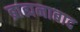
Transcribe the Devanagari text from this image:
ब्राह्मनाबाद